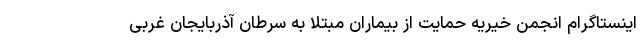
اينستاگرام انجمن خیریه حمایت از بیماران مبتلا به سرطان آذربایجان غربی